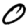
Digit: 0